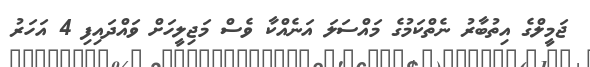
ޖަމީލްގެ އިތުބާރު ނެތްކަމުގެ މައްސަލަ އަނެއްކާ ވެސް މަޖިލީހަށް ވައްދައިފި 4 އަހަރު